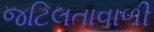
જટિલતાવાળી